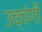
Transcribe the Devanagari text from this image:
उच्चंगी